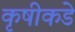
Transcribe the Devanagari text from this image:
कृषीकडे